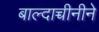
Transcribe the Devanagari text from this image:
बाल्दाच्चीनीने